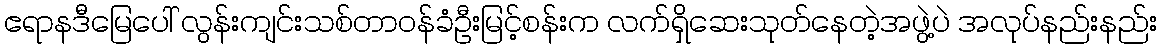
ဧရာနဒီမြေပေါ် လွန်းကျင်းသစ်တာဝန်ခံဦးမြင့်စန်းက လက်ရှိဆေးသုတ်နေတဲ့အဖွဲ့ပဲ အလုပ်နည်းနည်း